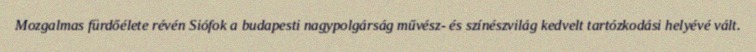
Mozgalmas fürdőélete révén Siófok a budapesti nagypolgárság művész- és színészvilág kedvelt tartózkodási helyévé vált.